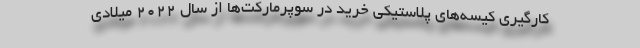
کارگیری کیسه‌های پلاستیکی خرید در سوپرمارکت‌ها از سال ۲۰۲۲ میلادی